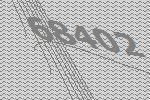
68402